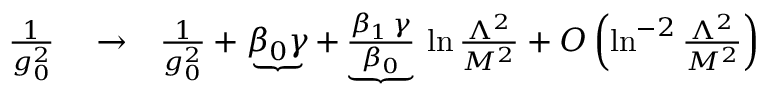
\begin{array} { r l r } { { \frac { 1 } { g _ { 0 } ^ { 2 } } } } & { { } \to } & { { \frac { 1 } { g _ { 0 } ^ { 2 } } } + \underbrace { \beta _ { 0 } \gamma } + \underbrace { \frac { \beta _ { 1 } \, \gamma } { \beta _ { 0 } } } \, \ln { \frac { \Lambda ^ { 2 } } { M ^ { 2 } } } + O \left( \ln ^ { - 2 } { \frac { \Lambda ^ { 2 } } { M ^ { 2 } } } \right) } \end{array}